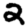
Digit: 2